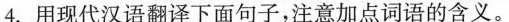
4.用现代汉语翻译下面句子，注意加点词语的含义。